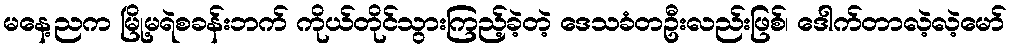
မနေ့ညက မြို့မရဲစခန်းဘက် ကိုယ်တိုင်သွားကြည့်ခဲ့တဲ့ ဒေသခံတဦးလည်းဖြစ်၊ ဒေါက်တာလဲ့လဲ့မော်